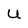
Character: U